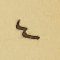
٤